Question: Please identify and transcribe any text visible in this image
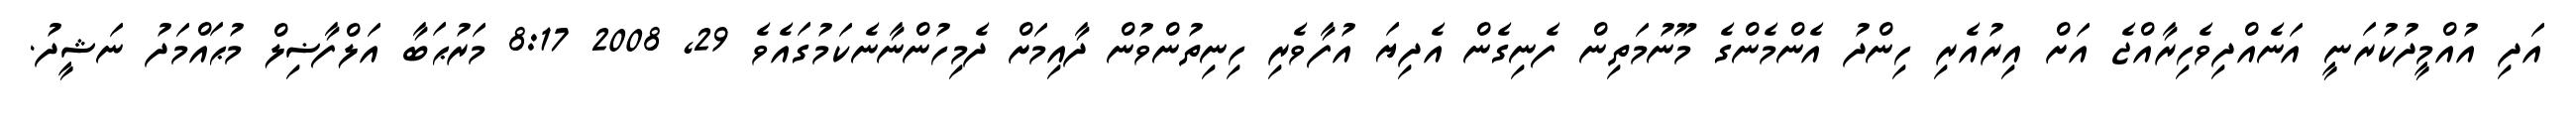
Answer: އަދި އުއްމީދުކުރަނީ އަނެއްދިވެހިރާއްޖެ އަށް އިރުއެރި ހިންދު އެންމެންގެ މޫނުމަތިން ފެނިގެން އެދިޔަ އުފާވެރި ހިނިތުންވުން ދާއިމަށް ދެމިހުންނާނެކަމުގައެވެ 29, 2008 8:17 މަރުޙަބާ އަލްފާޟިލް މުޙައްމަދު ނަޝީދު.